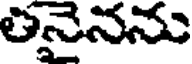
లనైనను